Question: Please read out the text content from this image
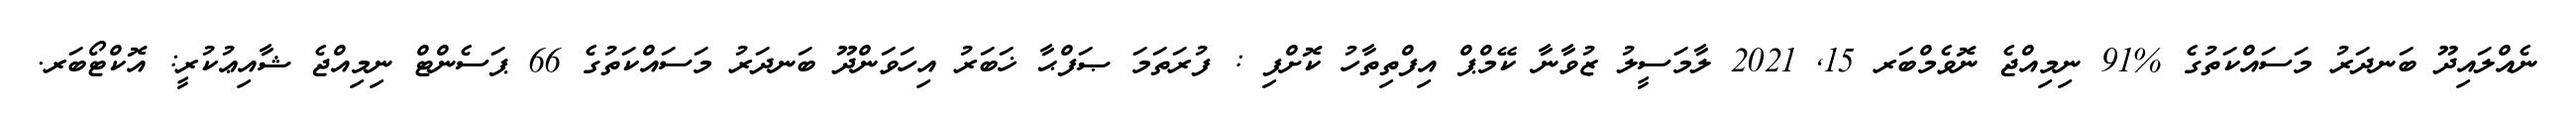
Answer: ނެއްލައިދޫ ބަނދަރު މަސައްކަތުގެ %91 ނިމިއްޖެ ނޮވެމްބަރ 15, 2021 ލާމަސީލު ޒުވާނާ ކޭމްޕް އިފްތިތާހު ކޮށްފި : ފުރަތަމަ ޞަފްޙާ ޚަބަރު އިހަވަންދޫ ބަނދަރު މަސައްކަތުގެ 66 ޕަސެންޓް ނިމިއްޖެ ޝާއިޢުކުރީ: އޮކްޓޯބަރ.